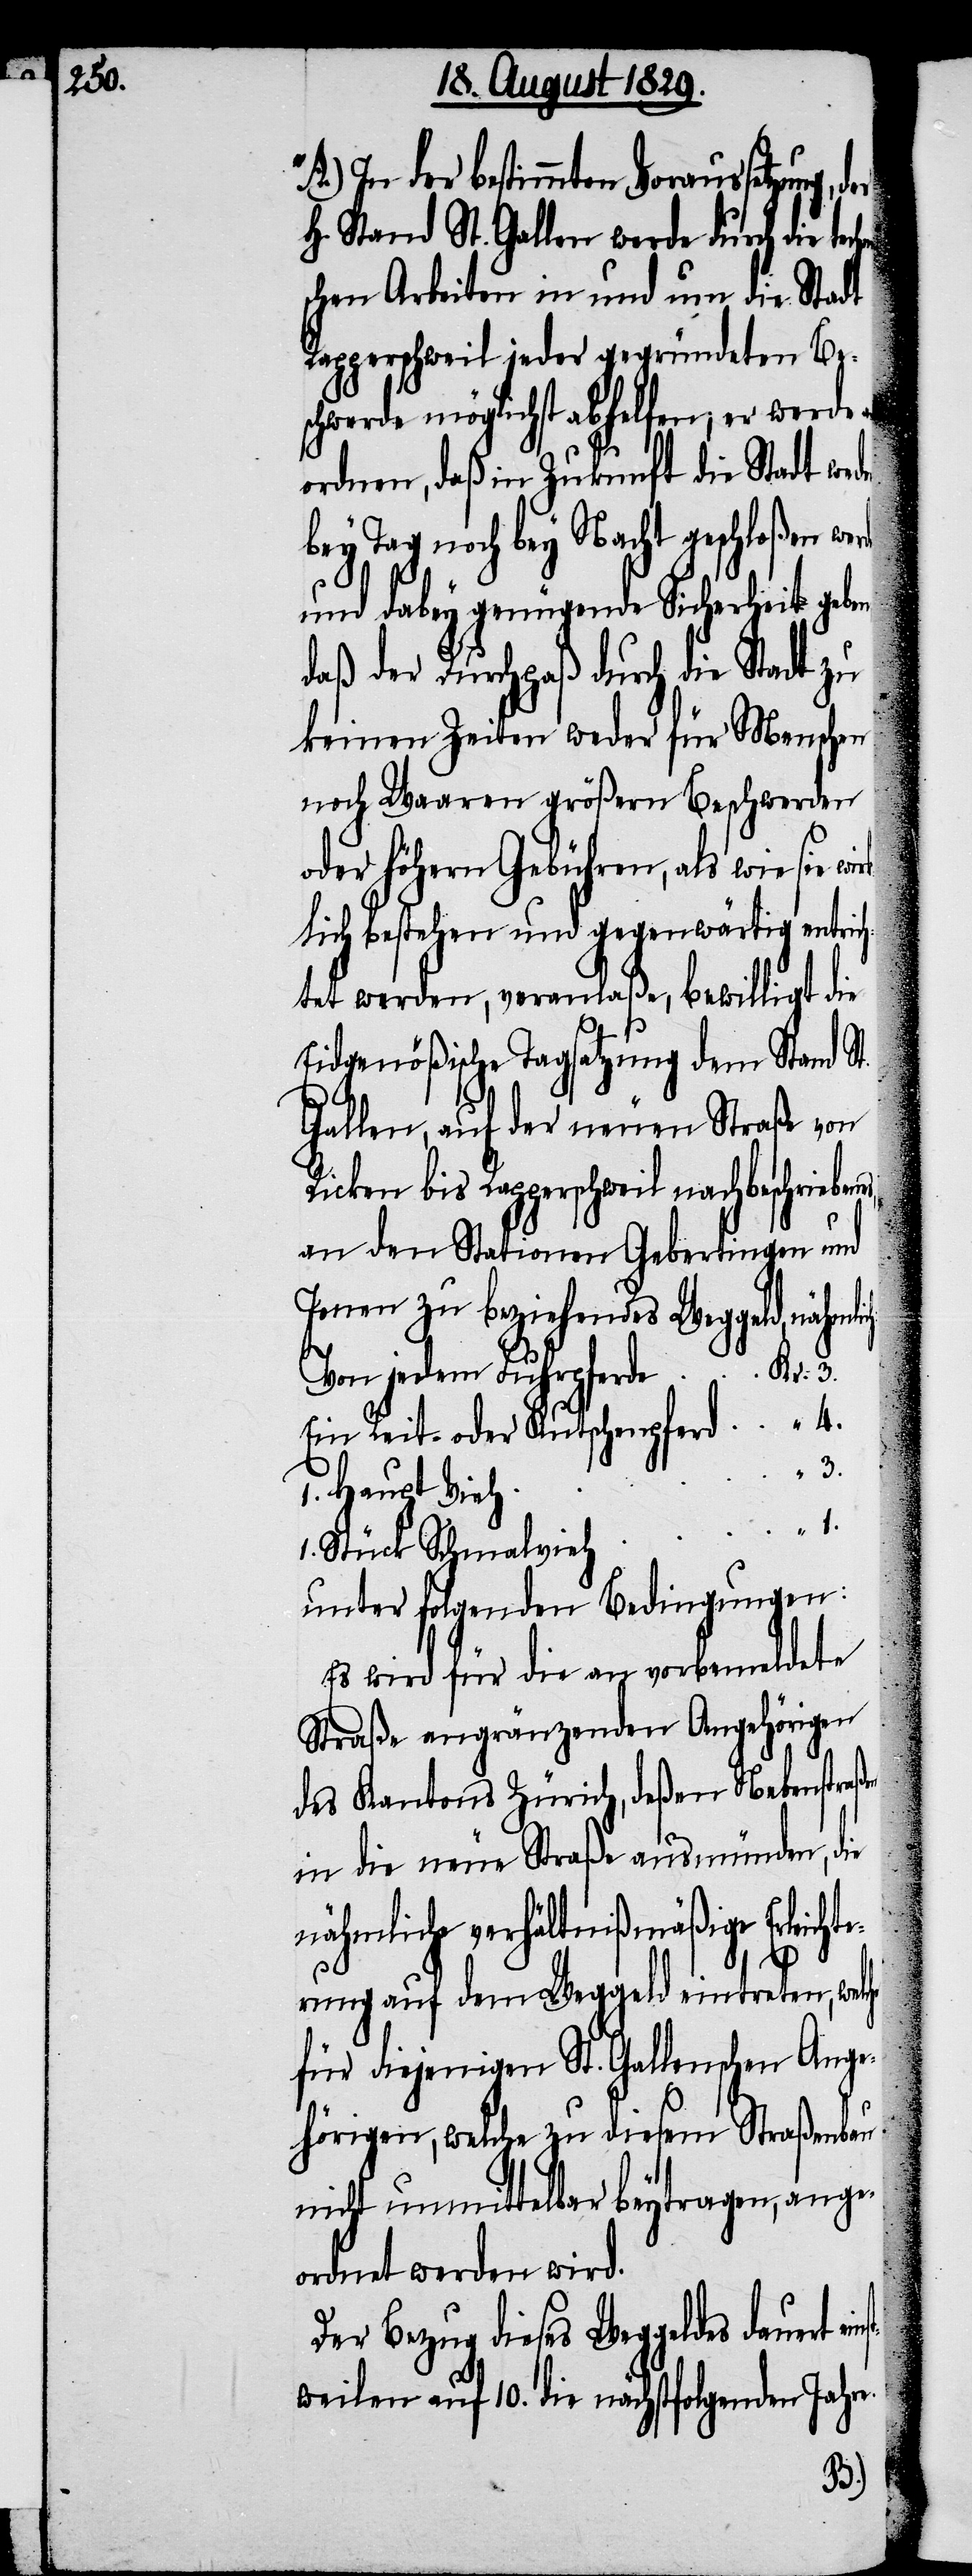
4.

In der bestimmten Voraussetzung,
H. Stand St. Gallen werde durch die tech¬
schen Arbeiten in und um die Stadt
Rapperschweil jeder gegründeten Be¬
schwerde möglichst abhelfen, er werde
ordnen, daß in Zukunft die Stadt we¬
bey Tag noch bey Nacht geschloßen wer¬
und dabey genügende Sicherheit geben,
daß der Durchpaß durch die Stadt zu
keinen Zeiten weder für Menschen
noch Waaren größern Beschwerden
oder höhern Gebühren, als wie sie wi¬
rklich bestehen und gegenwärtig entri¬
chtet werden, veranlaße, bewilligt die
Eidgenößische Tagsatzung dem Stand St.
Gallen, auf der neuen Straße von
Ricken bis Rapperschweil nachbeschriebe¬
an den Stationen Gebertingen und
Jonen zu beziehendes Weggeld, nähm¬
Von jedem Fuhrpferde	Kr.
Ein Reit- oder Kutschenpferd
3.
1.
Stück Schmalvieh
unter folgenden Bedingungen:
Es wird für die an vorbemeldete
Straße angränzenden Angehörigen
des Kantons Zürich, deßen Nebenstra¬
in die neue Straße ausmünden, die
“
nähmliche verhältnißmäßige Erleich¬
rung auf dem Weggeld eintreten, welche
für diejenigen St. Gallenschen Ange¬
hörigen, welche zu diesem Straßenbau
nicht unmittelbar beytragen, ange¬
ordnet werden wird.
Der Bezug dieses Weggeldes dauert
tweilen auf 10. die nächstfolgenden Jahre.
eins¬